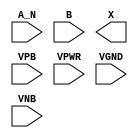
module sky130_fd_sc_hd__and2b (
    //# {{data|Data Signals}}
    input  A_N ,
    input  B   ,
    output X   ,

    //# {{power|Power}}
    input  VPB ,
    input  VPWR,
    input  VGND,
    input  VNB
);
endmodule